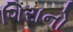
ગિરાનો